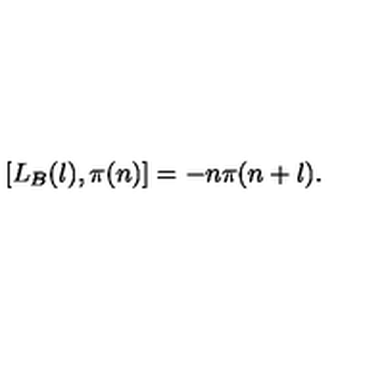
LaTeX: [ L _ { B } ( l ) , \pi ( n ) ] = - n \pi ( n + l ) .